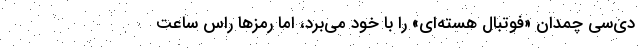
دی‌سی چمدان «فوتبال هسته‌ای» را با خود می‌برد، اما رمزها راس ساعت